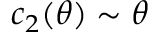
c _ { 2 } ( \theta ) \sim \theta